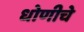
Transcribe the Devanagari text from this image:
धोणीचे